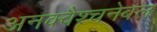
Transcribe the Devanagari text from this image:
अनक्वैश्चनेबल